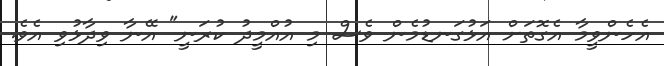
އެހެންވީމާ އެގޮތަށް އަޅުގަނޑުމެން ވެސް މި އުއްމީދު ކުރަނީ" އޭނާ ވިދާޅުވި އެވެ.